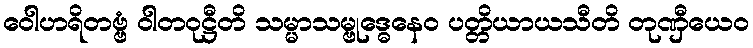
ဝေါဟရိတဗ္ဗံ ဝါတဝုဋ္ဌီတိ သမ္မာသမ္ဗုဒ္ဓေနေဝ ပတ္တိယာယသီတိ တုဏှီယေဝ